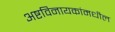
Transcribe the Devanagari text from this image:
अष्टविनायकांमधील